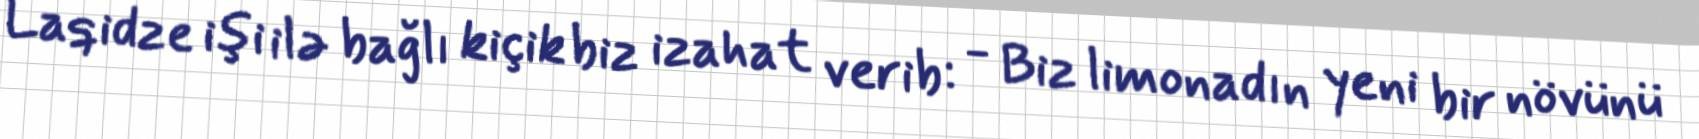
Laqidze işi ilə bağlı kiçik biz izahat verib: - Biz limonadın yeni bir növünü